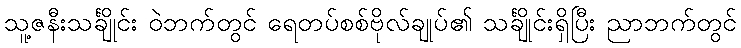
သူ့ဇနီးသင်္ချိုင်း ဝဲဘက်တွင် ရေတပ်စစ်ဗိုလ်ချုပ်၏ သင်္ချိုင်းရှိပြီး ညာဘက်တွင်